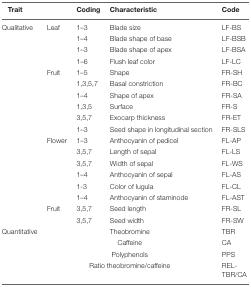
| <COLSPAN=2> Trait | Coding | Characteristic | Code |
 | --- | --- | --- | --- | --- |
 | Qualitative | Leaf | 1–3 | Blade size | LF-BS |
 |  |  | 1–4 | Blade shape of base | LF-BSB |
 |  |  | 1–3 | Blade shape of apex | LF-BSA |
 |  |  | 1–6 | Flush leaf color | LF-LC |
 |  | Fruit | 1–5 | Shape | FR-SH |
 |  |  | 1,3,5,7 | Basal constriction | FR-BC |
 |  |  | 1–4 | Shape of apex | FR-SA |
 |  |  | 1,3,5 | Surface | FR-S |
 |  |  | 3,5,7 | Exocarp thickness | FR-ET |
 |  |  | 1–3 | Seed shape in longitudinal section | FR-SLS |
 |  | Flower | 1–3 | Anthocyanin of pedicel | FL-AP |
 |  |  | 3,5,7 | Length of sepal | FL-LS |
 |  |  | 3,5,7 | Width of sepal | FL-WS |
 |  |  | 1–4 | Anthocyanin of sepal | FL-AS |
 |  |  | 1-3 | Color of lugula | FL-CL |
 |  |  | 1–4 | Anthocyanin of staminode | FL-AST |
 |  | Fruit | 3,5,7 | Seed length | FR-SL |
 |  |  | 3,5,7 | Seed width | FR-SW |
 | Quantitative | <COLSPAN=3> Theobromine | TBR |
 |  | <COLSPAN=3> Caffeine | CA |
 |  | <COLSPAN=3> Polyphenols | PPS |
 |  | <COLSPAN=3> Ratio theobromine/caffeine | REL-TBR/CA |